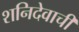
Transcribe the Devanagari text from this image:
शनिदेवाची